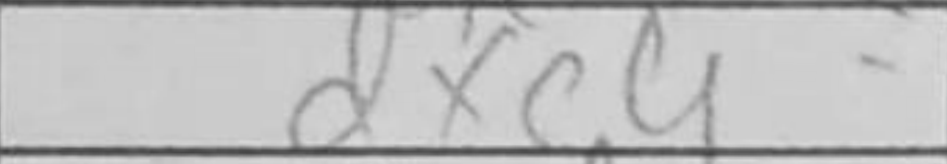
Transcription: dxc4